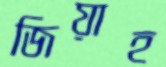
জিয়াহ